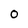
Character: 0